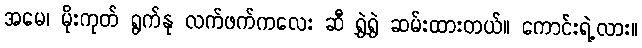
အမေ၊ မိုးကုတ် ရွက်နု လက်ဖက်ကလေး ဆီ ရွှဲရွှဲ ဆမ်းထားတယ်။ ကောင်းရဲ့လား။